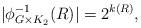
LaTeX: \begin{align*}|\phi_{G\times K_2}^{-1}(R)|=2^{k(R)},\end{align*}